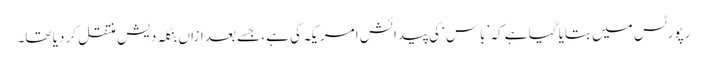
رپورٹس میں بتایا گیا ہے کہ ’باس‘ کی پیدائش امریکہ کی ہے، جسے بعد ازاں بنگلہ دیش منتقل کر دیا تھا۔